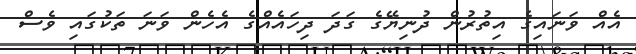
އެއް ވަނައިގެ އިތުރުން ދުނިޔޭގެ ގަދަ ދިހައެއްގެ އެހެން ވަނަ ތަކުގައި ވެސް